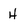
Character: 4